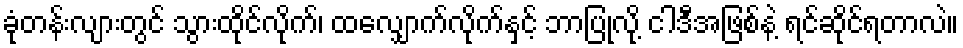
ခုံတန်းလျားတွင် သွားထိုင်လိုက်၊ ထလျှောက်လိုက်နှင့် ဘာပြုလို့ ငါဒီအဖြစ်နဲ့ ရင်ဆိုင်ရတာလဲ။